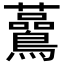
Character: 𧅧